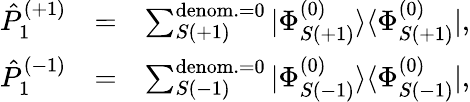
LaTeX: \begin{array}{rlr}{\hat{P}_{1}^{(+1)}}&{=}&{\sum_{S(+1)}^{{\mathrm{denom.}=0}}|\Phi_{S(+1)}^{(0)}\rangle\langle\Phi_{S(+1)}^{(0)}|,}\\ {\hat{P}_{1}^{(-1)}}&{=}&{\sum_{S(-1)}^{{\mathrm{denom.}=0}}|\Phi_{S(-1)}^{(0)}\rangle\langle\Phi_{S(-1)}^{(0)}|,}\end{array}